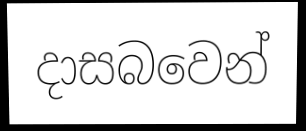
දාසබවෙන්